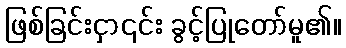
ဖြစ်ခြင်းငှာ၎င်း ခွင့်ပြုတော်မူ၏။